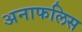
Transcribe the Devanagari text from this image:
अनाफलिस